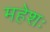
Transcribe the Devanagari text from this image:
महेशः